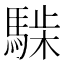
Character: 𩤋